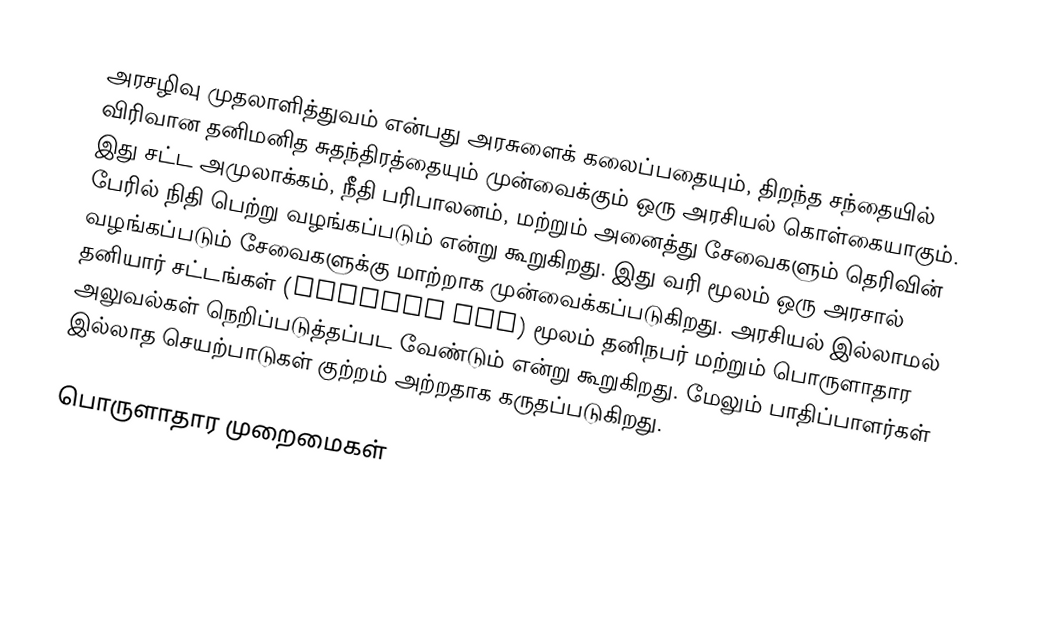
அரசழிவு முதலாளித்துவம் என்பது அரசுளைக் கலைப்பதையும், திறந்த சந்தையில் விரிவான தனிமனித சுதந்திரத்தையும் முன்வைக்கும் ஒரு அரசியல் கொள்கையாகும்.  இது சட்ட அமுலாக்கம், நீதி பரிபாலனம், மற்றும் அனைத்து சேவைகளும் தெரிவின் பேரில் நிதி பெற்று வழங்கப்படும் என்று கூறுகிறது.  இது வரி மூலம் ஒரு அரசால் வழங்கப்படும் சேவைகளுக்கு மாற்றாக முன்வைக்கப்படுகிறது.  அரசியல் இல்லாமல் தனியார் சட்டங்கள் (private law) மூலம் தனிநபர் மற்றும் பொருளாதார அலுவல்கள் நெறிப்படுத்தப்பட வேண்டும் என்று கூறுகிறது.  மேலும் பாதிப்பாளர்கள் இல்லாத செயற்பாடுகள் குற்றம் அற்றதாக கருதப்படுகிறது.

பொருளாதார முறைமைகள்